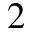
2